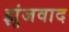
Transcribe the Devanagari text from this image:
झुंजवाद